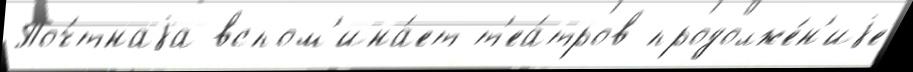
Поч́тнаjа вспом'ина́ет т'еа́тров продолже́н'иjе